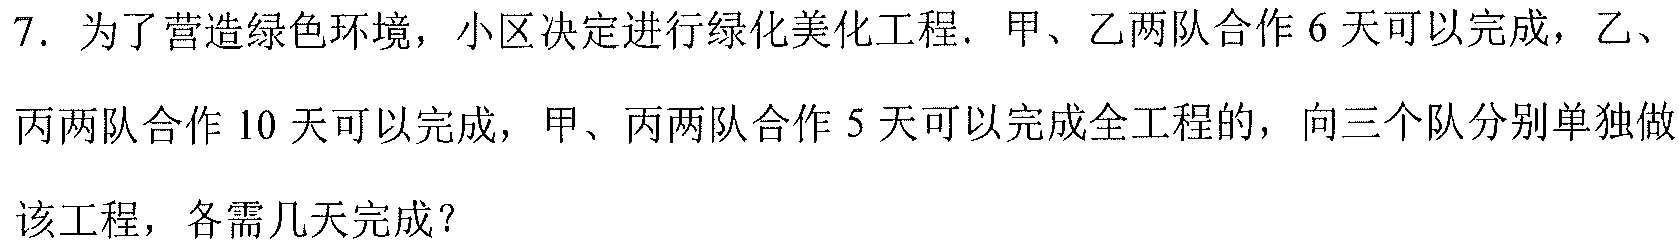
7. 为了营造绿色环境，小区决定进行绿化美化工程. 甲、乙两队合作\(6\)天可以完成，乙、丙两队合作\(10\)天可以完成，甲、丙两队合作\(5\)天可以完成全工程的，问三个队分别单独做该工程，各需几天完成？